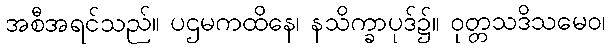
အစီအရင်သည်။ ပဌမကထိနေ၊ နသိက္ခာပုဒ်၌။ ဝုတ္တသဒိသမေဝ၊